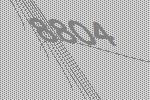
8804